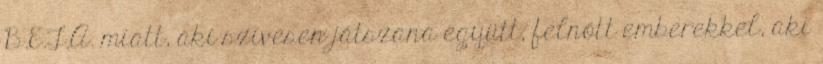
B.E.T.A. miatt, aki szívesen játszana együtt, felnőtt emberekkel, aki